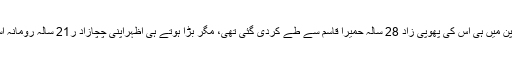
اس کی شادی بھی بچپن میں ہی اس کی پھوپی زاد 28 سالہ حمیرا قاسم سے طے کردی گئی تھی، مگر بڑا ہوتے ہی اظہراپنی چچازاد ر21 سالہ رومانہ اسلم کو پسند کر بیٹھا ۔